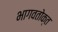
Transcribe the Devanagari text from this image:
भागवतोक्त